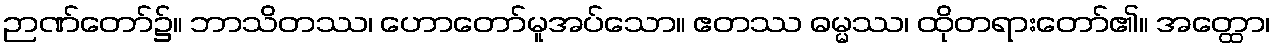
ဉာဏ်တော်၌။ ဘာသိတဿ၊ ဟောတော်မူအပ်သော။ ဧတဿ ဓမ္မဿ၊ ထိုတရားတော်၏။ အတ္ထော၊